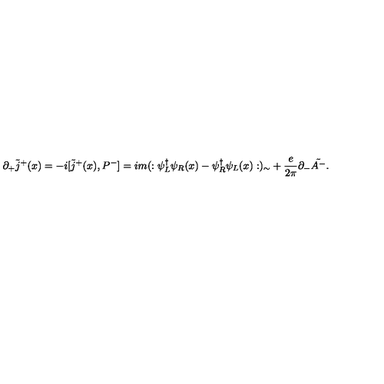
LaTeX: \partial _ { + } \tilde { j } ^ { + } ( x ) = - i [ \tilde { j } ^ { + } ( x ) , P ^ { - } ] = i m ( : \psi _ { L } ^ { \dagger } \psi _ { R } ( x ) - \psi _ { R } ^ { \dagger } \psi _ { L } ( x ) : ) _ { \sim } + { \frac { e } { 2 \pi } } \partial _ { - } \tilde { A ^ { - } } .